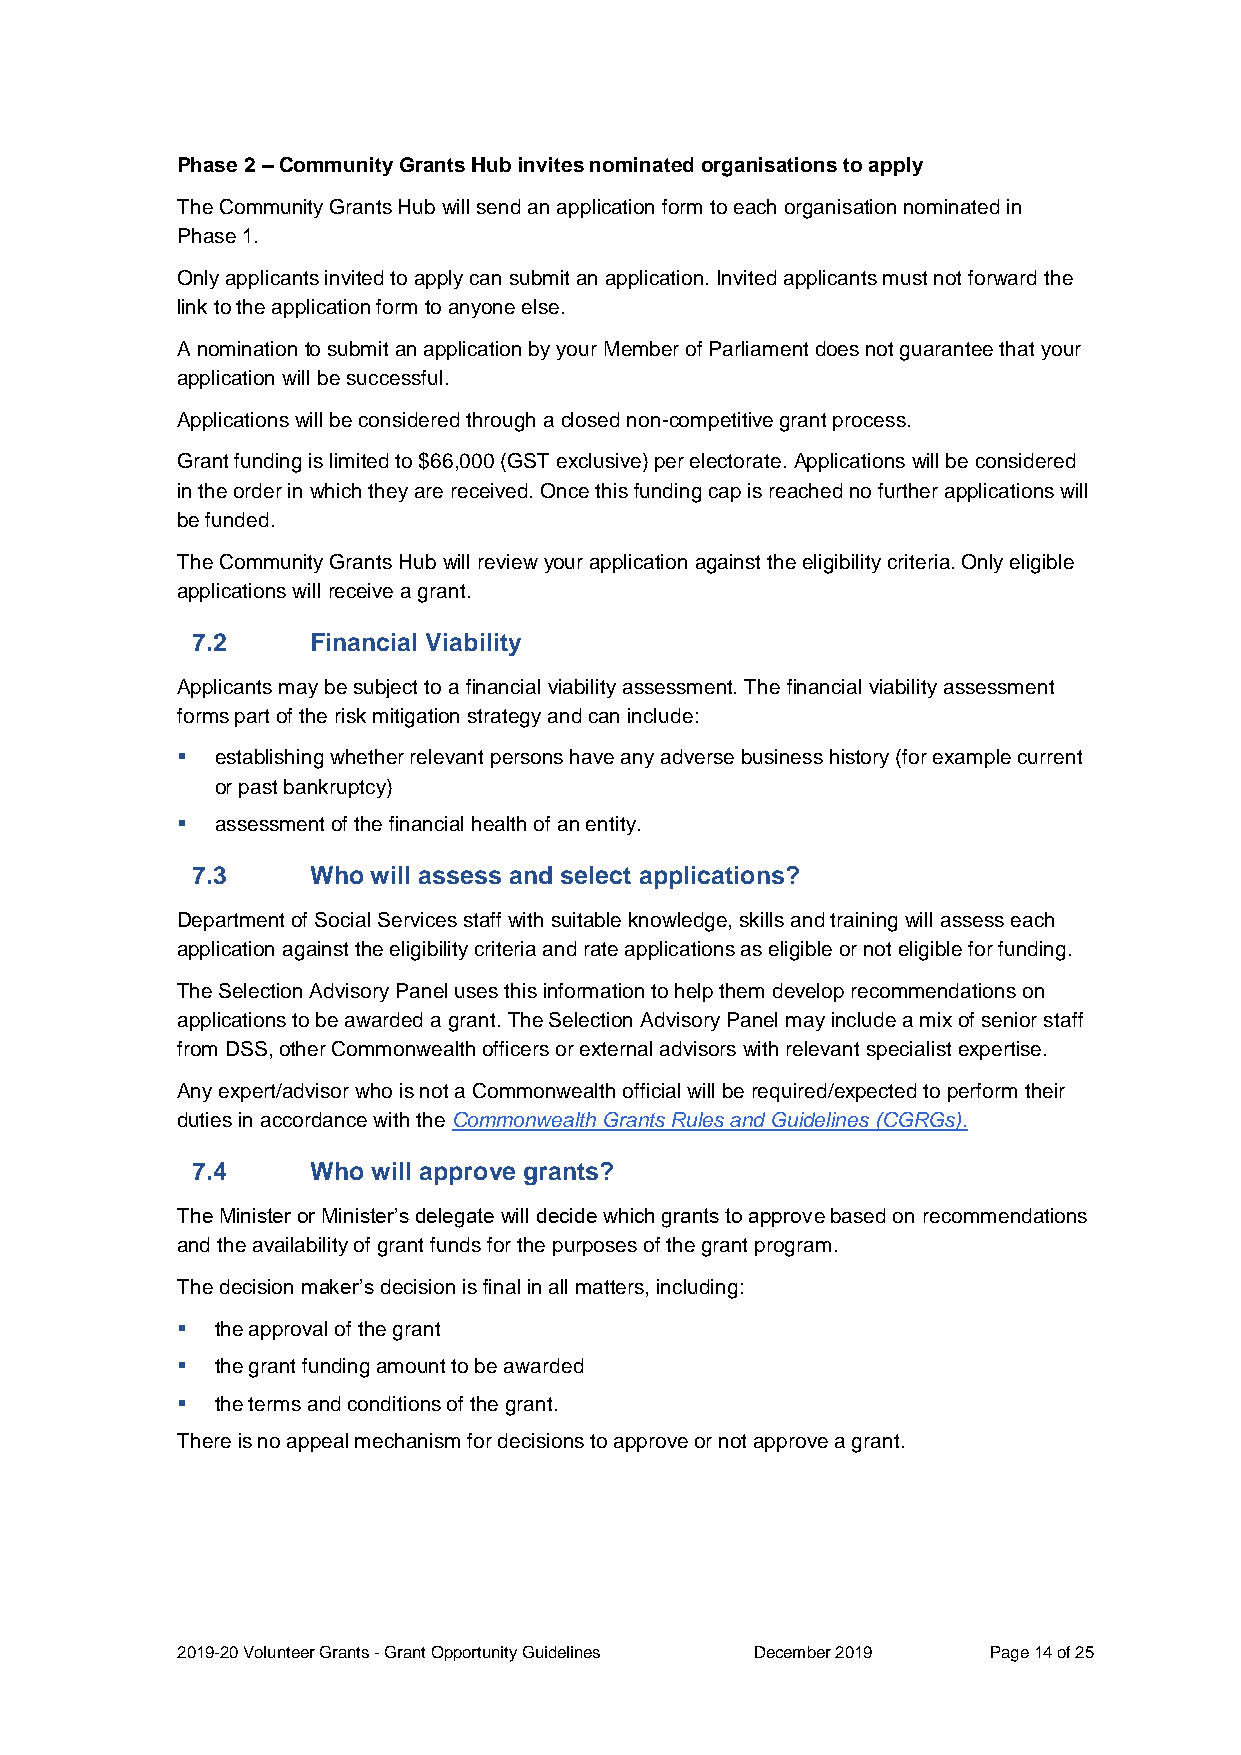
Phase 2 – Community Grants Hub invites nominated organisations to apply
 The Community Grants Hub will send an application form to each organisation nominated in
 Phase 1.
 Only applicants invited to apply can submit an application. Invited applicants must not forward the
 link to the application form to anyone else.
 A nomination to submit an application by your Member of Parliament does not guarantee that your
 application will be successful.
 Applications will be considered through a closed non-competitive grant process.
 Grant funding is limited to $66,000 (GST exclusive) per electorate. Applications will be considered
 in the order in which they are received. Once this funding cap is reached no further applications will
 be funded.
 The Community Grants Hub will review your application against the eligibility criteria. Only eligible
 applications will receive a grant.
 7.2     Financial Viability
 Applicants may be subject to a financial viability assessment. The financial viability assessment
 forms part of the risk mitigation strategy and can include:
  establishing whether relevant persons have any adverse business history (for example current
 or past bankruptcy)
  assessment of the financial health of an entity.
 7.3     Who will assess and select applications?
 Department of Social Services staff with suitable knowledge, skills and training will assess each
 application against the eligibility criteria and rate applications as eligible or not eligible for funding.
 The Selection Advisory Panel uses this information to help them develop recommendations on
 applications to be awarded a grant. The Selection Advisory Panel may include a mix of senior staff
 from DSS, other Commonwealth officers or external advisors with relevant specialist expertise.
 Any expert/advisor who is not a Commonwealth official will be required/expected to perform their
 duties in accordance with the Commonwealth Grants Rules and Guidelines (CGRGs).
 7.4     Who will approve grants?
 The Minister or Minister’s delegate will decide which grants to approve based on recommendations
 and the availability of grant funds for the purposes of the grant program.
 The decision maker’s decision is final in all matters, including:
  the approval of the grant
  the grant funding amount to be awarded
  the terms and conditions of the grant.
 There is no appeal mechanism for decisions to approve or not approve a grant.
 2019-20 Volunteer Grants - Grant Opportunity Guidelines December 2019 Page 14 of 25